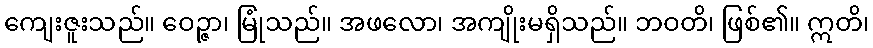
ကျေးဇူးသည်။ ဝေဉ္ဇာ၊ မြုံသည်။ အဖလော၊ အကျိုးမရှိသည်။ ဘဝတိ၊ ဖြစ်၏။ ဣတိ၊